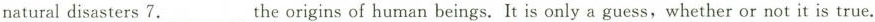
natural disasters 7.___The origins of human beings. It is only a guess, whether or not it is true.